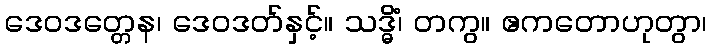
ဒေဝဒတ္တေန၊ ဒေဝဒတ်နှင့်။ သဒ္ဓိံ၊ တကွ။ ဧကတောဟုတွာ၊